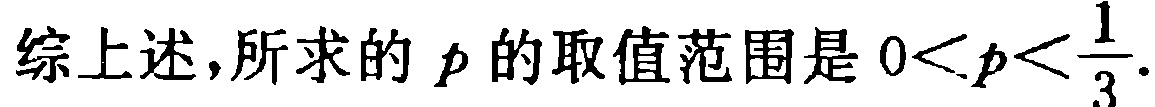
综上述,所求的 \(p\) 的取值范围是 \(0<p<\frac{1}{3}\).